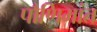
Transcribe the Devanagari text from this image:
पौणिमांत